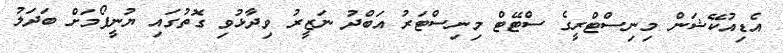
އެޑިއުކޭޝަން މިނިސްޓްރީގެ ސްޓޭޓް މިނިސްޓަރު އަބްދު ނަޒީރު ވިދާޅުވި ގޮތުގައި ޔުނީފޯމަށް ބަދަލު